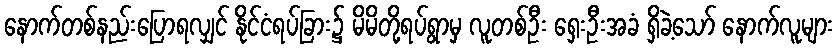
နောက်တစ်နည်းပြောရလျှင် နိုင်ငံရပ်ခြား၌ မိမိတို့ရပ်ရွာမှ လူတစ်ဦး ရှေးဦးအခံ ရှိခဲ့သော် နောက်လူများ